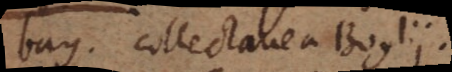
bay. Collectanea Boylii.